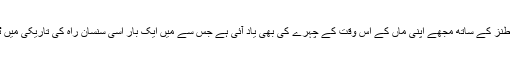
بیوی کے اس طنز کے ساتھ مجھے اپنی ماں کے اس وقت کے چہرے کی بھی یاد آئی ہے جس سے میں ایک بار اسی سنسان راہ کی تاریکی میں ٹکرا چکا تھا ۔